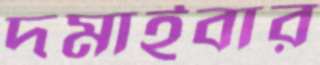
দমাইবার